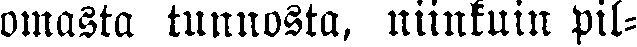
omasta tunnosta, niinkuin pil-